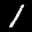
Label: 1